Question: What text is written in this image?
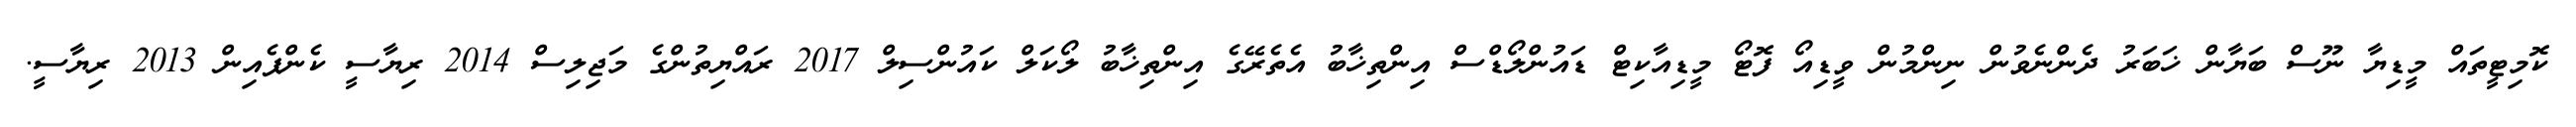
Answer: ކޮމިޓީތައް މީޑިޔާ ނޫސް ބަޔާން ޚަބަރު ދެންނެވުން ނިންމުން ވީޑިއޯ ފޮޓޯ މީޑިއާކިޓް ޑައުންލޯޑްސް އިންތިޚާބު އެތެރޭގެ އިންތިޚާބު ލޯކަލް ކައުންސިލް 2017 ރައްޔިތުންގެ މަޖިލިސް 2014 ރިޔާސީ ކެންޕެއިން 2013 ރިޔާސީ.